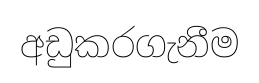
අඩුකරගැනීම